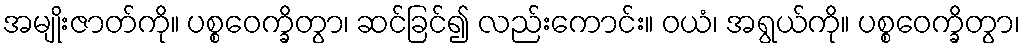
အမျိုးဇာတ်ကို။ ပစ္စဝေက္ခိတွာ၊ ဆင်ခြင်၍ လည်းကောင်း။ ဝယံ၊ အရွယ်ကို။ ပစ္စဝေက္ခိတွာ၊